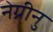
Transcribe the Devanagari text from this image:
नेग्रीनु